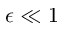
\epsilon \ll 1